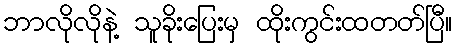
ဘာလိုလိုနဲ့ သူခိုးပြေးမှ ထိုးကွင်းထတတ်ပြီ။